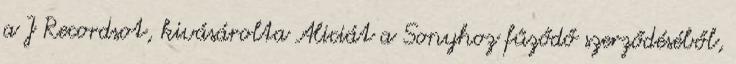
a J Recordsot, kivásárolta Aliciát a Sonyhoz fűződő szerződéséből,